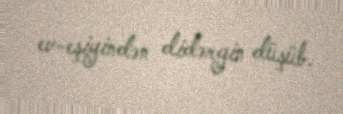
ev-eşiyindən didərgin düşüb.